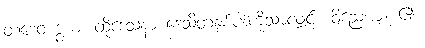
တဒေဝ ဒွယံ၊ ထိုဒေသနာ ဒေသိတနှစ်ပါးကိုသာလျှင်။ ဝိညေယျံ၊ ၏။